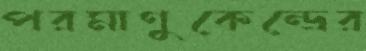
পরমাণুকেন্দ্রের